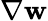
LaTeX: \nabla\mathbf{w}